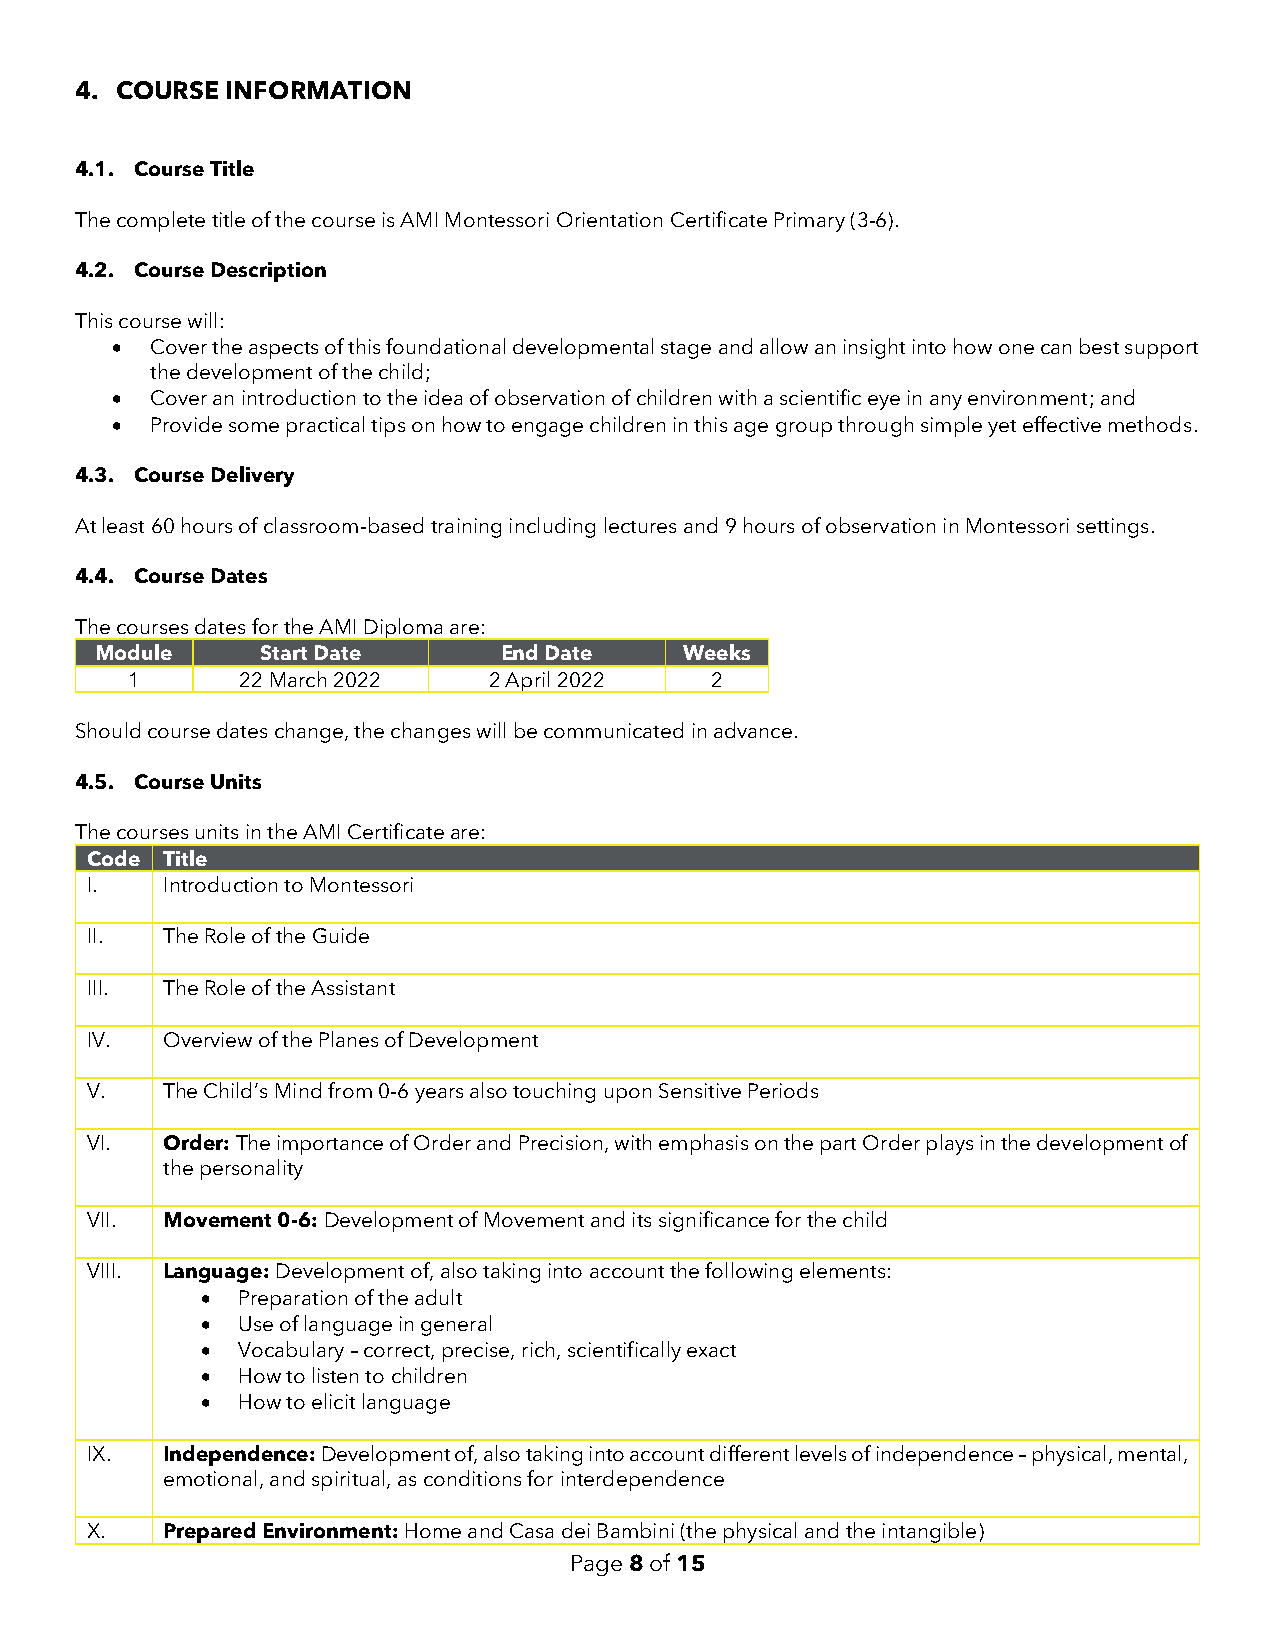
4. COURSE INFORMATION
 4.1. Course Title
 The complete title of the course is AMI Montessori Orientation Certificate Primary (3-6).
 4.2. Course Description
 This course will:
 •  Cover the aspects of this foundational developmental stage and allow an insight into how one can best support
 the development of the child;
 •  Cover an introduction to the idea of observation of children with a scientific eye in any environment; and
 •  Provide some practical tips on how to engage children in this age group through simple yet effective methods.
 4.3. Course Delivery
 At least 60 hours of classroom-based training including lectures and 9 hours of observation in Montessori settings.
 4.4. Course Dates
 The courses dates for the AMI Diploma are:
 Module     Start Date      End Date    Weeks
 1       22 March 2022   2 April 2022   2
 Should course dates change, the changes will be communicated in advance.
 4.5. Course Units
 The courses units in the AMI Certificate are:
 Code Title
 I.   Introduction to Montessori
 II.  The Role of the Guide
 III. The Role of the Assistant
 IV.  Overview of the Planes of Development
 V.   The Child’s Mind from 0-6 years also touching upon Sensitive Periods
 VI.  Order: The importance of Order and Precision, with emphasis on the part Order plays in the development of
 the personality
 VII. Movement 0-6: Development of Movement and its significance for the child
 VIII. Language: Development of, also taking into account the following elements:
 •  Preparation of the adult
 •  Use of language in general
 •  Vocabulary – correct, precise, rich, scientifically exact
 •  How to listen to children
 •  How to elicit language
 IX.  Independence: Development of, also taking into account different levels of independence – physical, mental,
 emotional, and spiritual, as conditions for interdependence
 X.   Prepared Environment: Home and Casa dei Bambini (the physical and the intangible)
 Page 8 of 15